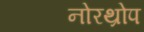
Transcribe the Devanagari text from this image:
नोरथ्रोप